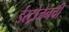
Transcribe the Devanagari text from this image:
ईस्ट्रोजेनची